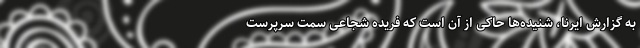
به گزارش ایرنا، شنیده‌ها حاکی از آن است که فریده شجاعی سمت سرپرست